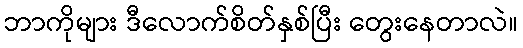
ဘာကိုများ ဒီလောက်စိတ်နှစ်ပြီး တွေးနေတာလဲ။